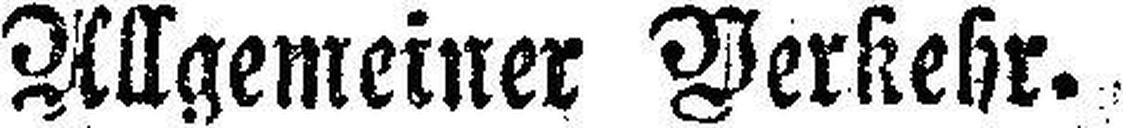
Allgemeiner Verkehr.